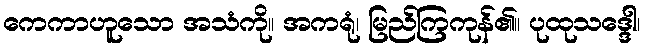
ကေကာဟူသော အသံကို။ အကရုံ၊ မြည်ကြကုန်၏။ ပုထုသဒ္ဒေါ၊